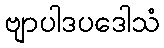
ဗျာပါဒပဒေါသံ